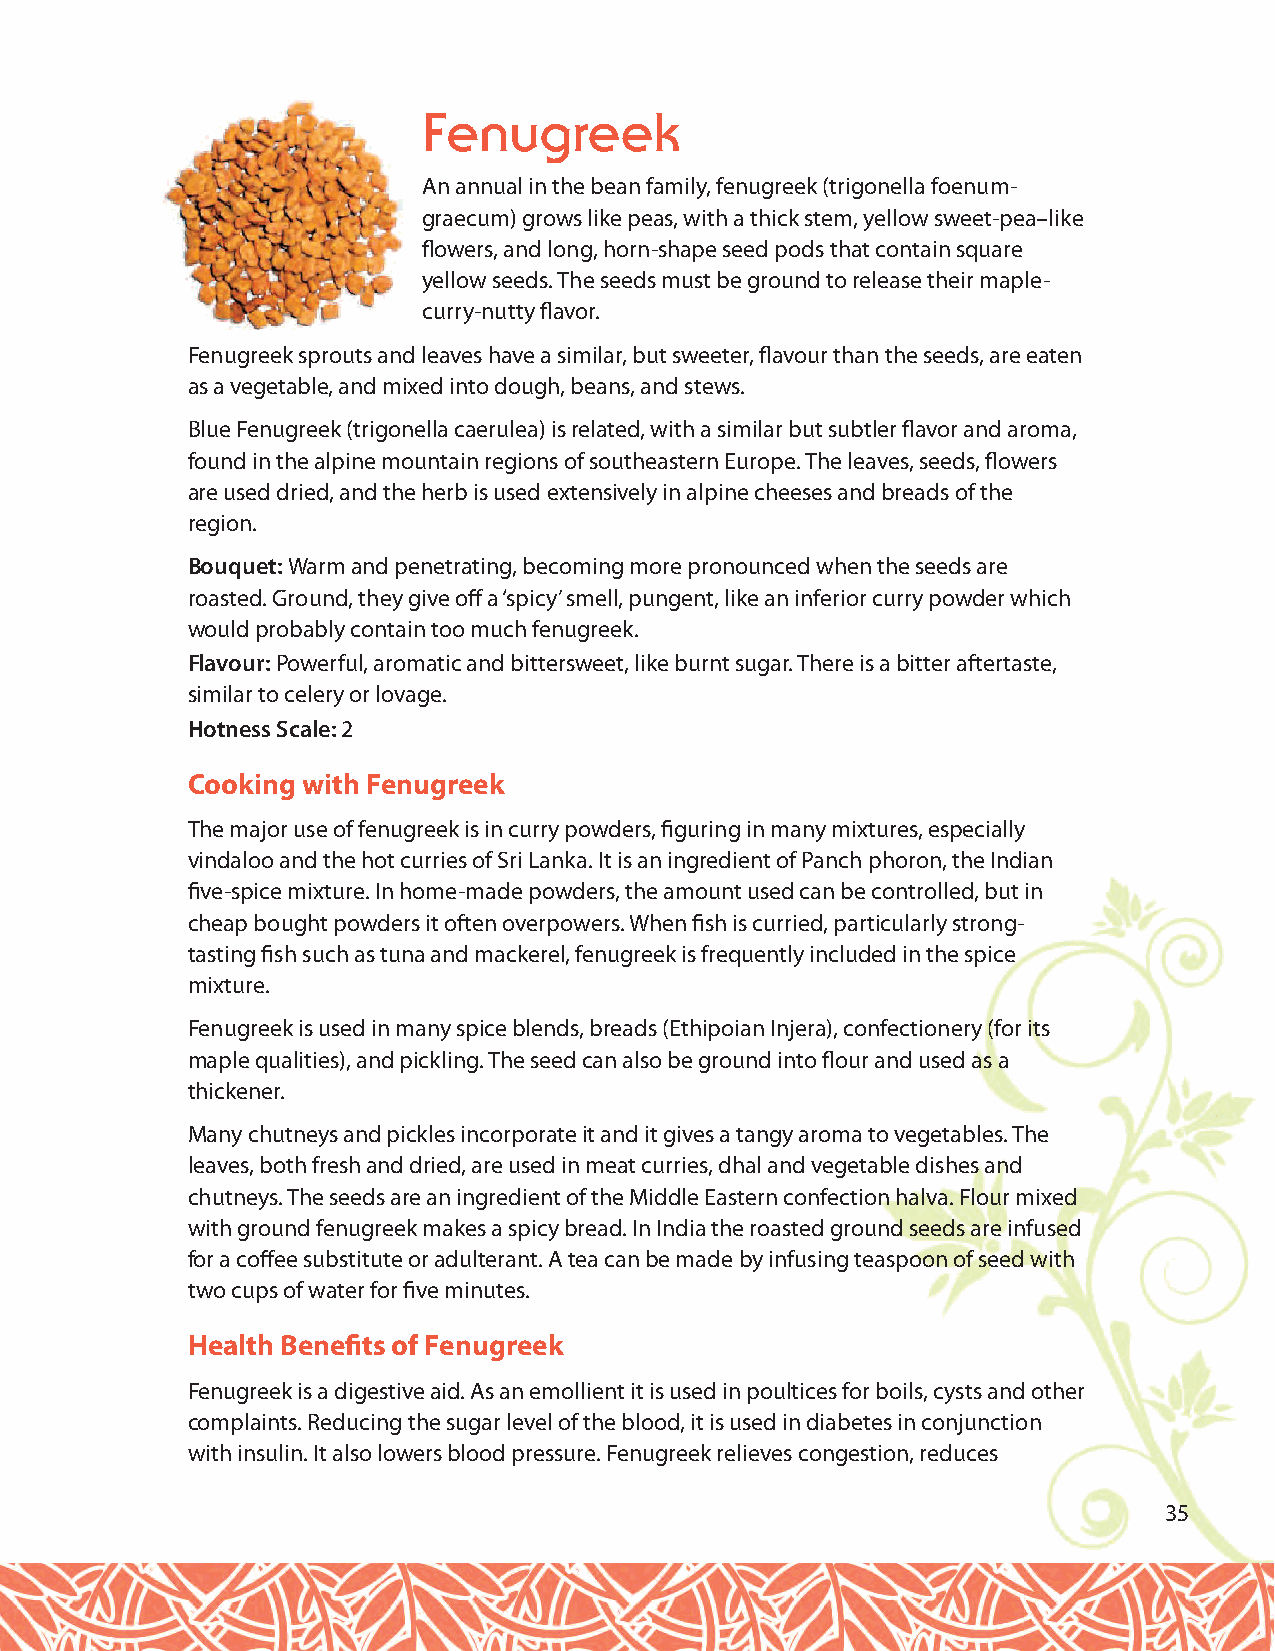
Fenugreek
 An annual in the bean family, fenugreek (trigonella foenum-
 graecum) grows like peas, with a thick stem, yellow sweet-pea–like
 flowers, and long, horn-shape seed pods that contain square
 yellow seeds. The seeds must be ground to release their maple-
 curry-nutty flavor.
 Fenugreek sprouts and leaves have a similar, but sweeter, flavour than the seeds, are eaten
 as a vegetable, and mixed into dough, beans, and stews.
 Blue Fenugreek (trigonella caerulea) is related, with a similar but subtler flavor and aroma,
 found in the alpine mountain regions of southeastern Europe. The leaves, seeds, flowers
 are used dried, and the herb is used extensively in alpine cheeses and breads of the
 region.
 Bouquet: Warm and penetrating, becoming more pronounced when the seeds are
 roasted. Ground, they give off a ‘spicy’ smell, pungent, like an inferior curry powder which
 would probably contain too much fenugreek.
 Flavour: Powerful, aromatic and bittersweet, like burnt sugar. There is a bitter aftertaste,
 similar to celery or lovage.
 Hotness Scale:2
 Cooking with Fenugreek
 The major use of fenugreek is in curry powders, figuring in many mixtures, especially
 vindaloo and the hot curries of Sri Lanka. It is an ingredient of Panch phoron, the Indian
 five-spice mixture. In home-made powders, the amount used can be controlled, but in
 cheap bought powders it often overpowers. When fish is curried, particularly strong-
 tasting fish such as tuna and mackerel, fenugreek is frequently included in the spice
 mixture.
 Fenugreek is used in many spice blends, breads (Ethipoian Injera), confectionery (for its
 maple qualities), and pickling. The seed can also be ground into flour and used as a
 thickener.
 Many chutneys and pickles incorporate it and it gives a tangy aroma to vegetables. The
 leaves, both fresh and dried, are used in meat curries, dhal and vegetable dishes and
 chutneys. The seeds are an ingredient of the Middle Eastern confection halva. Flour mixed
 with ground fenugreek makes a spicy bread. In India the roasted ground seeds are infused
 for a coffee substitute or adulterant. A tea can be made by infusing teaspoon of seed with
 two cups of water for five minutes.
 Health Benefits of Fenugreek
 Fenugreek is a digestive aid. As an emollient it is used in poultices for boils, cysts and other
 complaints. Reducing the sugar level of the blood, it is used in diabetes in conjunction
 with insulin. It also lowers blood pressure. Fenugreek relieves congestion, reduces
 35